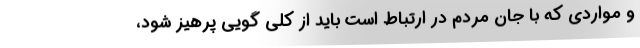
و مواردی که با جان مردم در ارتباط است باید از کلی گویی پرهیز شود،